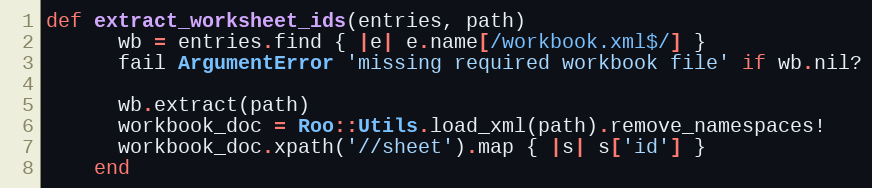
Language: Ruby
def extract_worksheet_ids(entries, path)
      wb = entries.find { |e| e.name[/workbook.xml$/] }
      fail ArgumentError 'missing required workbook file' if wb.nil?

      wb.extract(path)
      workbook_doc = Roo::Utils.load_xml(path).remove_namespaces!
      workbook_doc.xpath('//sheet').map { |s| s['id'] }
    end